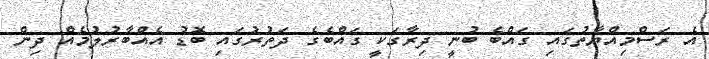
އެ ރަސްމިއްޔާތުގައި ގައްބެ ބުނީ ދިރާގަކީ ގައްބެގެ ދަތުރުގައި ބޮޑު އެއްބާރުލުމެއް ދިން